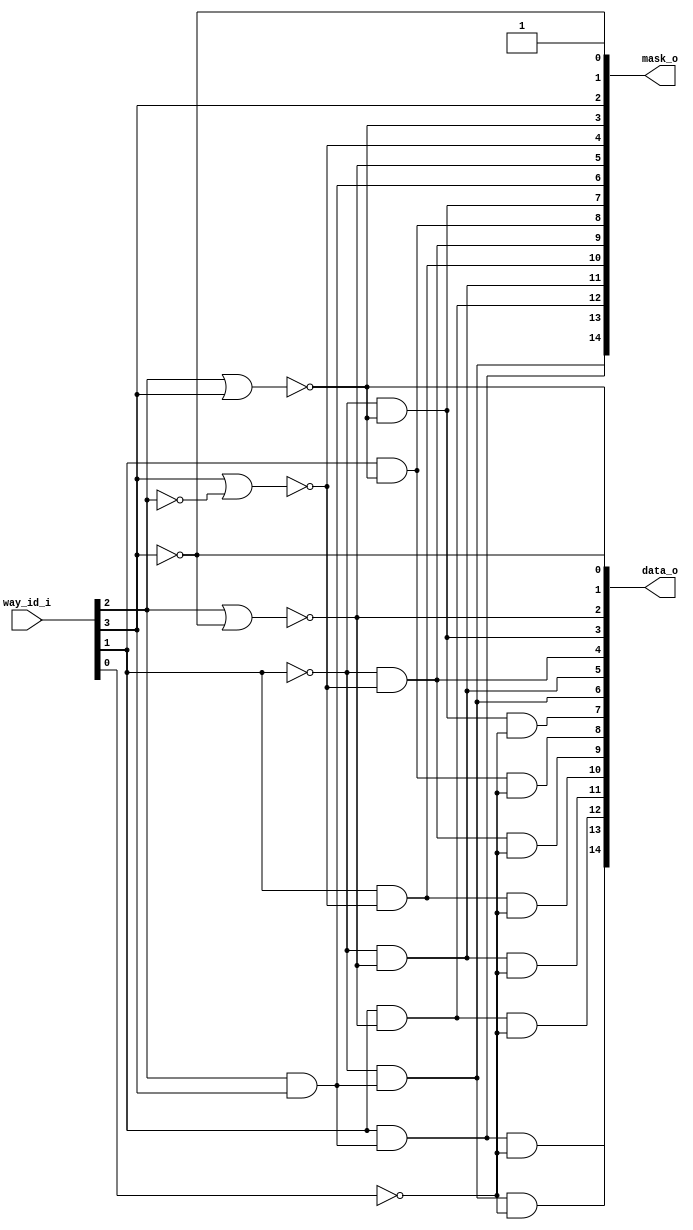
/* Generated by Yosys 0.27+9 (git sha1 101d19bb6, gcc 11.2.0-7ubuntu2 -fPIC -Os) */

(* top =  1  *)

module bsg_lru_pseudo_tree_decode(way_id_i, data_o, mask_o);
  wire _00_;
  wire _01_;
  wire _02_;
  wire _03_;
  wire _04_;
  
  output [14:0] data_o;
  wire [14:0] data_o;
  
  output [14:0] mask_o;
  wire [14:0] mask_o;
  
  input [3:0] way_id_i;
  wire [3:0] way_id_i;
  assign data_o[0] = ~way_id_i[3];
  assign _00_ = way_id_i[2] | way_id_i[3];
  assign data_o[1] = ~_00_;
  assign _01_ = way_id_i[2] | ~(way_id_i[3]);
  assign data_o[2] = ~_01_;
  assign _02_ = way_id_i[3] | ~(way_id_i[2]);
  assign mask_o[4] = ~_02_;
  assign _03_ = ~(way_id_i[2] & way_id_i[3]);
  assign mask_o[6] = ~_03_;
  assign _04_ = ~way_id_i[1];
  assign data_o[3] = _04_ & ~(_00_);
  assign data_o[7] = data_o[3] & ~(way_id_i[0]);
  assign mask_o[8] = way_id_i[1] & ~(_00_);
  assign data_o[8] = mask_o[8] & ~(way_id_i[0]);
  assign data_o[4] = _04_ & ~(_02_);
  assign data_o[9] = data_o[4] & ~(way_id_i[0]);
  assign mask_o[10] = way_id_i[1] & ~(_02_);
  assign data_o[10] = mask_o[10] & ~(way_id_i[0]);
  assign data_o[5] = _04_ & ~(_01_);
  assign data_o[11] = data_o[5] & ~(way_id_i[0]);
  assign mask_o[12] = way_id_i[1] & ~(_01_);
  assign data_o[12] = mask_o[12] & ~(way_id_i[0]);
  assign data_o[6] = _04_ & ~(_03_);
  assign data_o[13] = data_o[6] & ~(way_id_i[0]);
  assign mask_o[14] = way_id_i[1] & ~(_03_);
  assign data_o[14] = mask_o[14] & ~(way_id_i[0]);
  assign { mask_o[13], mask_o[11], mask_o[9], mask_o[7], mask_o[5], mask_o[3:0] } = { data_o[6:1], way_id_i[3], data_o[0], 1'h1 };
endmodule